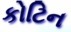
કોટિન